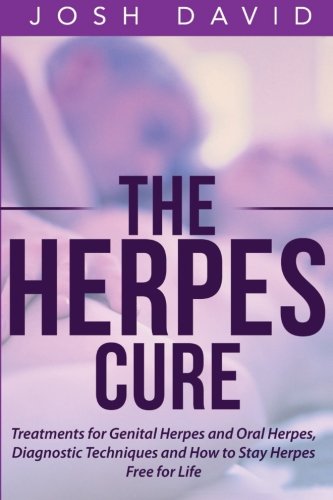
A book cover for The Herpes Cure: Treatments for Genital Herpes and Oral Herpes, Diagnostic Techniques and How to Stay Herpes Free for Life; Josh David; Health, Fitness & Dieting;